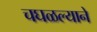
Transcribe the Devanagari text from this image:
चघळल्याने